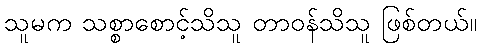
သူမက သစ္စာစောင့်သိသူ တာဝန်သိသူ ဖြစ်တယ်။